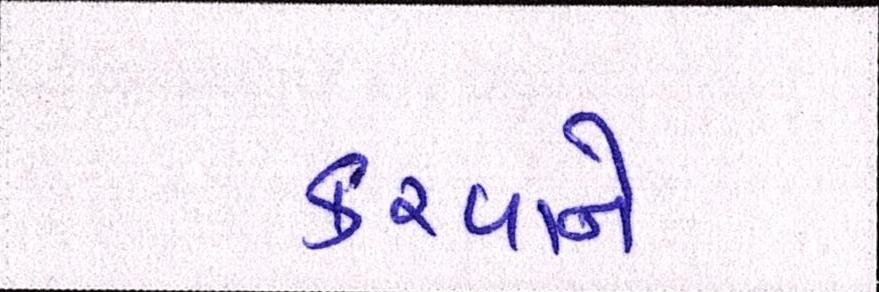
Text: કરવાને